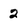
Character: 2